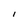
Character: 1